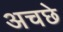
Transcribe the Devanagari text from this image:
अचछे